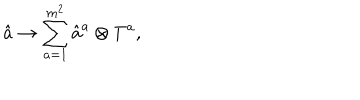
LaTeX: \hat { a } \rightarrow \sum _ { a = 1 } ^ { m ^ { 2 } } \hat { a } ^ { a } \otimes T ^ { a } ,